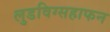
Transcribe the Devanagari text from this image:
लुडविग्सहाफन